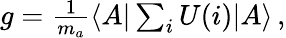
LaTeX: \begin{array}{r}{g=\frac{1}{m_{a}}\langle A\vert\sum_{i}U(i)\vert A\rangle\, ,}\end{array}